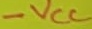
Text: -VCC